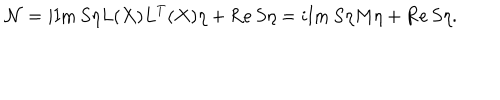
{ \cal N } = i \mathrm { I m } \, S \eta L ( X ) L ^ { T } ( X ) \eta + \mathrm { R e } \, S \eta = i \mathrm { I m } \, S \eta M \eta + \mathrm { R e } \, S \eta .